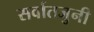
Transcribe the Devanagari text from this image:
सर्वातजुनी